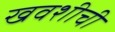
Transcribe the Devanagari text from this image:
खवशीची